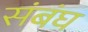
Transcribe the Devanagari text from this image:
संबंघ